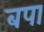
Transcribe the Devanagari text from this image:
बपा